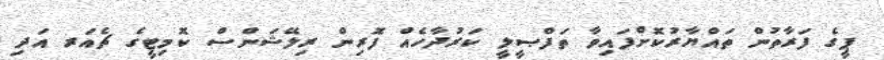
ޕީގެ ފަރާތުން ތައްޔާރުކޮށްފައިވާ ތަފްޞީލީ ކަރުދާހެއް ފޮރިން ރިލޭޝަންސް ކޮމިޓީގެ ޗެއަރ އަދި